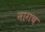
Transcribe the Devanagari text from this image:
नागच